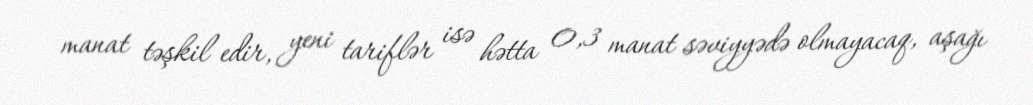
manat təşkil edir, yeni tariflər isə hətta 0,3 manat səviyyədə olmayacaq, aşağı